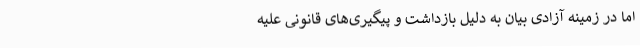
اما در زمینه آزادی بیان به دلیل بازداشت و پیگیری‌های قانونی علیه